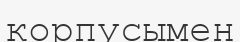
корпусымен